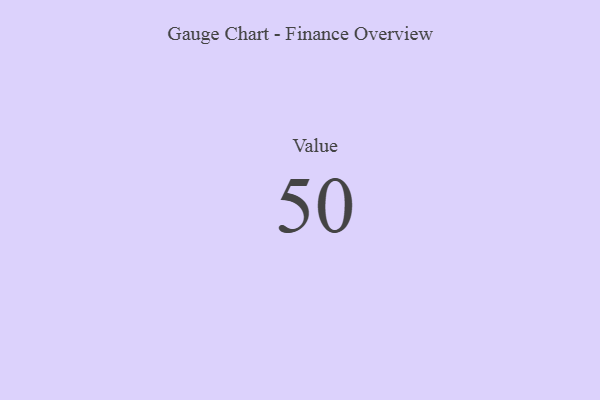
{"axis": {"x": "Metric", "y": "Value"}, "legend": [""], "data": [{"x": "Value", "y": 50, "type": ""}]}